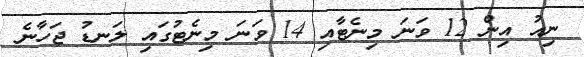
ނިއު އިން 12 ވަނަ މިނެޓާއި 14 ވަނަ މިނެޓުގައި ލަނޑު ޖަހާނެ